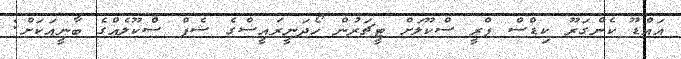
އައްޑޫ ކެންގަރޫ ކިޑްސް ޕްރީ ސްކޫލަށް ޓީޗަރުން ހޯދަނީރައީސްގެ ޝެފް ސްކޫލެއްގެ ބާނީއަކަށް: